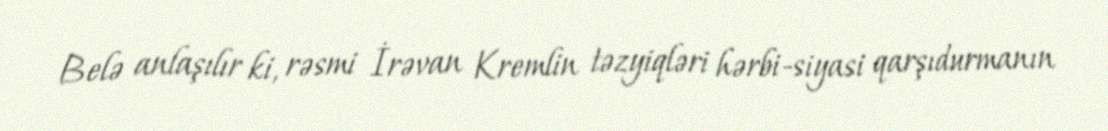
Belə anlaşılır ki, rəsmi İrəvan Kremlin təzyiqləri hərbi-siyasi qarşıdurmanın